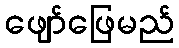
ဖျော်ဖြေမည်